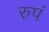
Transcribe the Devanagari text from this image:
रुपं